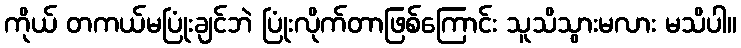
ကိုယ် တကယ်မပြုံးချင်ဘဲ ပြုံးလိုက်တာဖြစ်ကြောင်း သူသိသွားမလား မသိပါ။